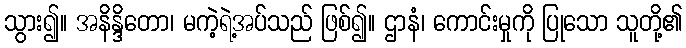
သွား၍။ အနိန္ဒိတော၊ မကဲ့ရဲ့အပ်သည် ဖြစ်၍။ ဌာနံ၊ ကောင်းမှုကို ပြုသော သူတို့၏